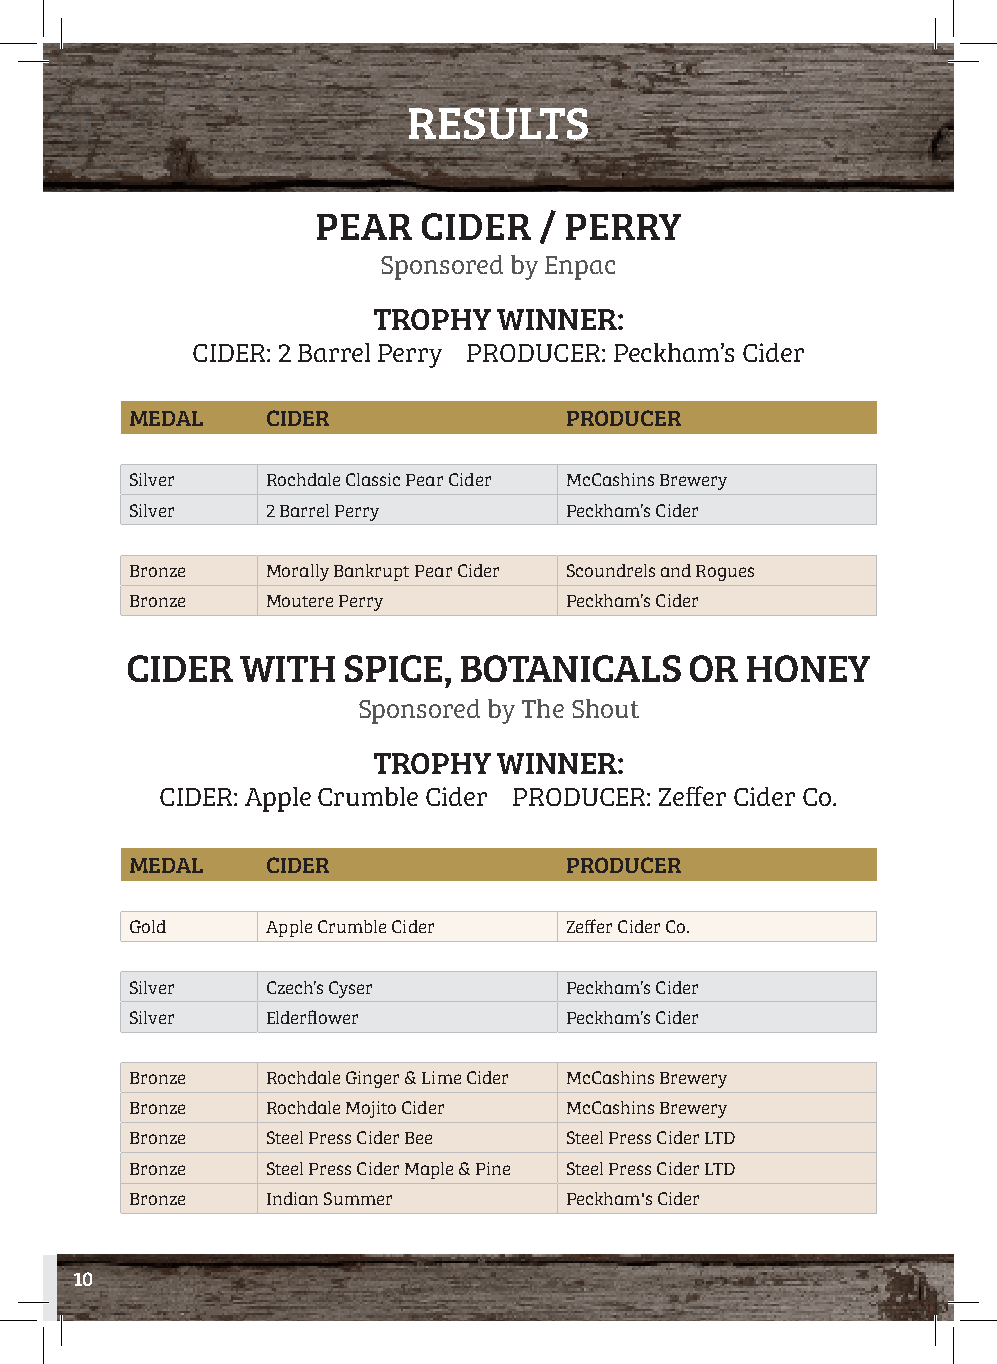
RESULTS
 PEAR   CIDER   / PERRY
 SSppoonnssoorreedd bbyy EEnnppaacc
 TTRROOPPHHYY WWIINNNNEERR::
 CCIIDDEERR:: 22 BBaarrrreell PPeerrrryy PPRROODDUUCCEERR:: PPeecckkhhaamm’’ss CCiiddeerr
 MEDAL    CIDER              PRODUCER
 Silver   Rochdale Classic Pear Cider McCashins Brewery
 Silver   2 Barrel Perry     Peckham’s Cider
 Bronze   Morally Bankrupt Pear Cider Scoundrels and Rogues
 Bronze   Moutere Perry      Peckham’s Cider
 CIDER   WITH   SPICE, BOTANICALS      OR HONEY
 Sponsored by The Shout
 TROPHY  WINNER:
 CIDER: Apple Crumble Cider PRODUCER: Zeffer Cider Co.
 MEDAL    CIDER              PRODUCER
 Gold     Apple Crumble Cider Zeffer Cider Co.
 Silver   Czech’s Cyser      Peckham’s Cider
 Silver   Elderflower        Peckham’s Cider
 Bronze   Rochdale Ginger & Lime Cider McCashins Brewery
 Bronze   Rochdale Mojito Cider McCashins Brewery
 Bronze   Steel Press Cider Bee Steel Press Cider LTD
 Bronze   Steel Press Cider Maple & Pine Steel Press Cider LTD
 Bronze   Indian Summer      Peckham's Cider
 10